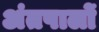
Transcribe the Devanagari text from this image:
अंतपालों